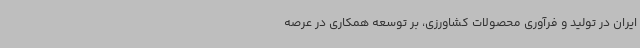
ایران در تولید و فرآوری محصولات کشاورزی، بر توسعه همکاری در عرصه